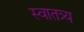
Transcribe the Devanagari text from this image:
स्वातत्र्य